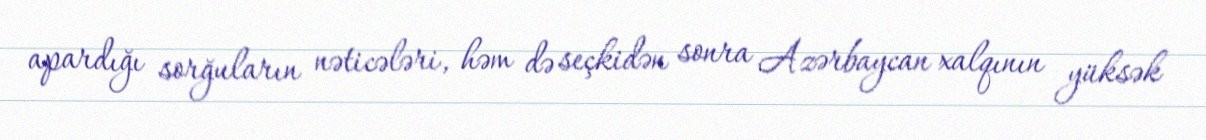
apardığı sorğuların nəticələri, həm də seçkidən sonra Azərbaycan xalqının yüksək